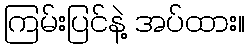
ကြမ်းပြင်နဲ့ အပ်ထား။